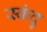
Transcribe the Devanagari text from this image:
स्कंदु